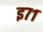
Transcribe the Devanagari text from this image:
इ७१